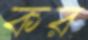
কর